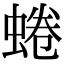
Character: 蜷